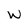
Character: W